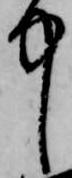
中